Lunatic asylums Punjab 1881-1894 - 1881-1894
Year: 1881
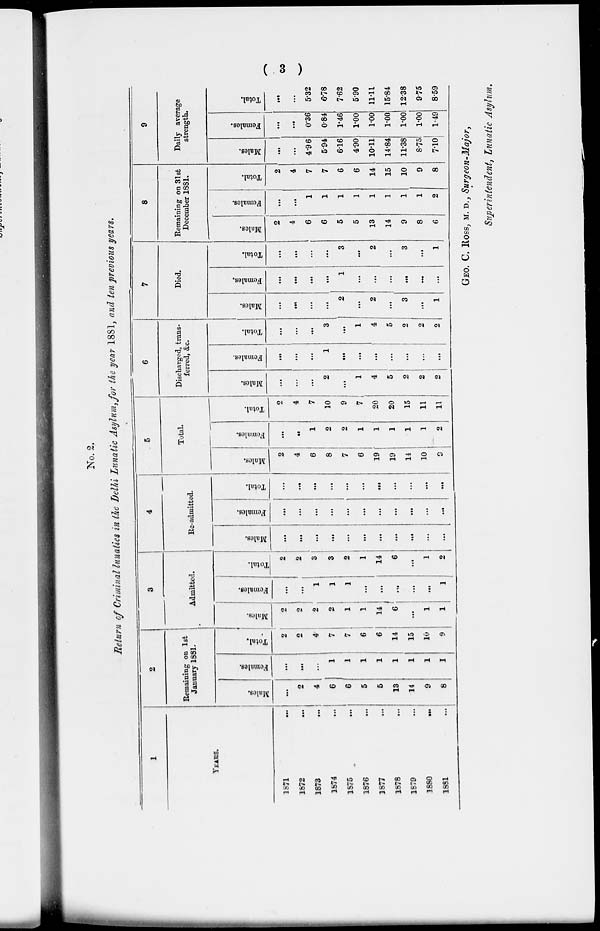
( 3 )
No. 2.
Return of Criminal lunatics in the Delia Lunatic Asylum, for the year 1881, and ten previous years.
1
YEARS.
1871 ...
1872 ...
1873 ...
1874 ...
1875 ...
1876 ...
1877 ...
1878 ...
1879 ...
1880
...
1881 ...
2
Remaining on 1st
January 1881.
Males.
...
2
4
6
6
5
6
13
14
9
8
Females.
...
...
...
1
1
1
1
1
1
1
1
Total.
2
2
4
7
7
6
6
14
15
10
9
3
Admitted.
Males.
2
2
2
2
1
1
14
6
...
1
1
Females.
...
...
1
1
1
...
...
...
...
...
1
Total.
2
2
3
3
2
1
14
6
...
1
2
4
Re-admitted.
Males.
...
...
...
...
...
...
...
...
...
...
...
Females.
...
...
...
...
...
...
...
...
...
...
...
Total.
...
...
...
...
...
...
...
...
...
...
...
5
Total.
Males.
2
4
6
8
7
6
19
19
14
10
9
Females.
...
...
1
2
2
1
1
1
1
1
2
Total.
2
4
7
10
9
7
20
20
15
11
11
6
Discharged, trans-
ferred, &c.
Males.
...
...
...
2
...
1
4
5
2
2
2
Females.
...
...
...
1
...
...
...
...
...
...
...
Total.
...
...
...
3
...
1
4
5
2
2
2
7
Died.
Males.
...
...
...
...
2
...
2
...
3
...
1
Females.
...
...
...
...
1
...
...
...
...
...
...
Total.
...
...
...
...
3
...
2
...
3
...
1
8
Remaining on 31st
December 1881.
Males.
2
4
6
6
5
5
13
14
9
8
6
Females.
...
...
1
1
1
1
1
1
1
1
2
Total.
2
4
7
7
6
6
14
15
10
9
8
9
Daily average
strength.
Males.
...
...
4.96
5.94
6.16
4.90
10.11
14.84
11.38
8.75
7.10
Females.
...
...
0.36
0.84
1.46
1.00
1.00
1.00
1.00
1.00
1.49
Total.
...
...
5.32
6.78
7.62
5.90
11.11
15.84
12.38
9.75
8.59
GEO. C. ROSS, M.D., Surgeon-Major,
Superintendent, Lunatic Asylum.